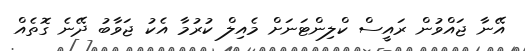
އޭނާ ޖައްވުން ރައީސް ކްލިންޓަނަށް މެއިލް ކުރުމާ އެކު ޖަވާބު ދޭނެ ގޮތެއް